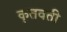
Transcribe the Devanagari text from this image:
कृतवती